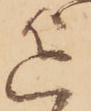
を